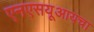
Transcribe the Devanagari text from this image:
एनएसयूआयचा